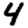
Digit: 4